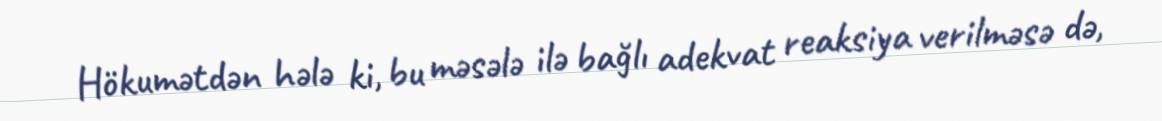
Hökumətdən hələ ki, bu məsələ ilə bağlı adekvat reaksiya verilməsə də,